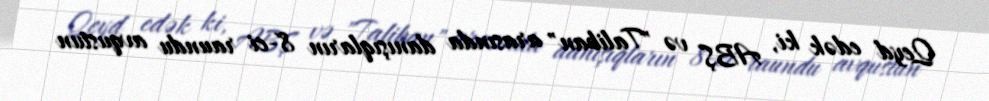
Qeyd edək ki, ABŞ və "Taliban" arasında danışıqların 8-ci raundu avqustun